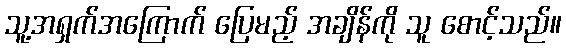
သူ့အရှက်အကြောက် ပြေမည့် အချိန်ကို သူ စောင့်သည်။